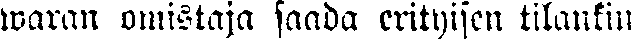
waran omistaja saada erityisen tilankin